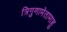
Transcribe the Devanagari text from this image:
त्रिगुणामेतामाहु